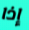
إذا